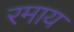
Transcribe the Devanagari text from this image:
रमाय